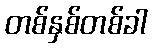
တစ်နှစ်တစ်ခါ